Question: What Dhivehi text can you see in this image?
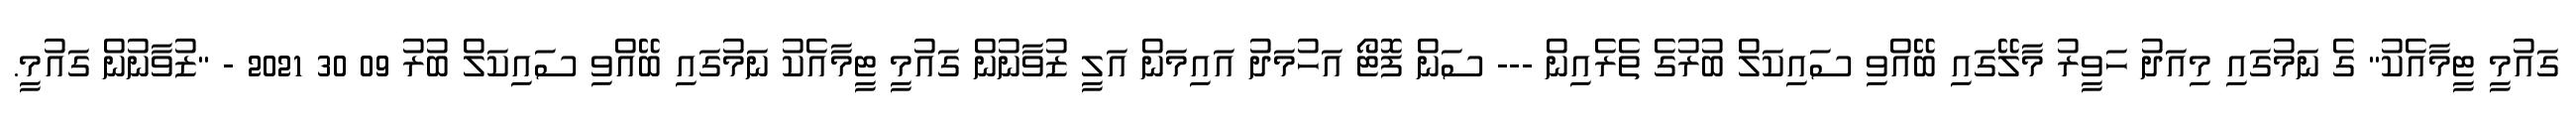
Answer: ގައުމީ ޓީމާއެކު" ގެ ނަމުގައި މިއަދު ހަވީރު މާލޭގައި ބޭއްވި ސައިކަލް ބުރުގެ ތެރެއިން --- ސަން ފޮޓޯ އަހުމަދު އައިމަން އަލީ ޒުވާނުން ގައުމީ ޓީމާއެކު ނަމުގައި ބޭއްވި ސައިކަލް ބުރު 09 30 2021 - "ޒުވާނުން ގައުމީ.